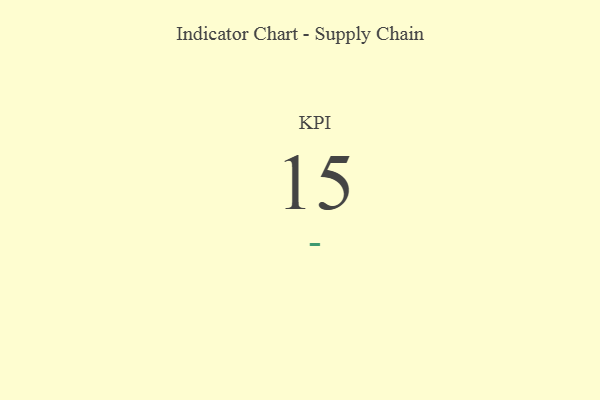
{"axis": {"x": "KPI", "y": "Value"}, "legend": [""], "data": [{"x": "KPI", "y": 15, "type": ""}]}